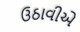
ઉઠાવીએ